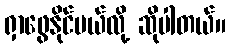
ရှာဖွေနိုင်မယ်လို့ ဆိုပါတယ်။